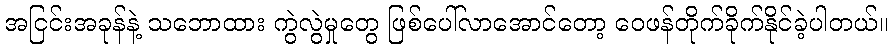
အငြင်းအခုန်နဲ့ သဘောထား ကွဲလွဲမှုတွေ ဖြစ်ပေါ်လာအောင်တော့ ဝေဖန်တိုက်ခိုက်နိုင်ခဲ့ပါတယ်။